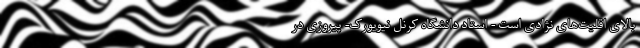
بالای اقلیت‌های نژادی است - استاد دانشگاه کُرنل نیویورک- پیروزی در